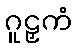
ဂူဠှကံ